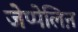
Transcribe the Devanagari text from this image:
जेप्पेलिऩ